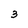
Character: 3